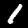
Digit: 1